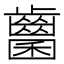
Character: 𪘭